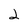
Character: 2